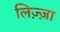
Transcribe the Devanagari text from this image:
लिज़्ज़ा